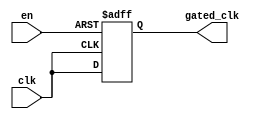
module ClockGatingBuffer (
    input wire clk,        // Main clock signal
    input wire en,        // Enable signal for clock gating
    output wire gated_clk  // Gated clock output
);

    // Internal signal for gated clock
    reg gated_clk_reg;

    // Always block to implement clock gating logic
    always @(posedge clk or negedge en) begin
        if (!en) begin
            gated_clk_reg <= 1'b0; // Hold gated clock low when enable is low
        end else begin
            gated_clk_reg <= clk;   // Pass the input clock when enable is high
        end
    end

    // Assign the gated clock output
    assign gated_clk = gated_clk_reg;

endmodule